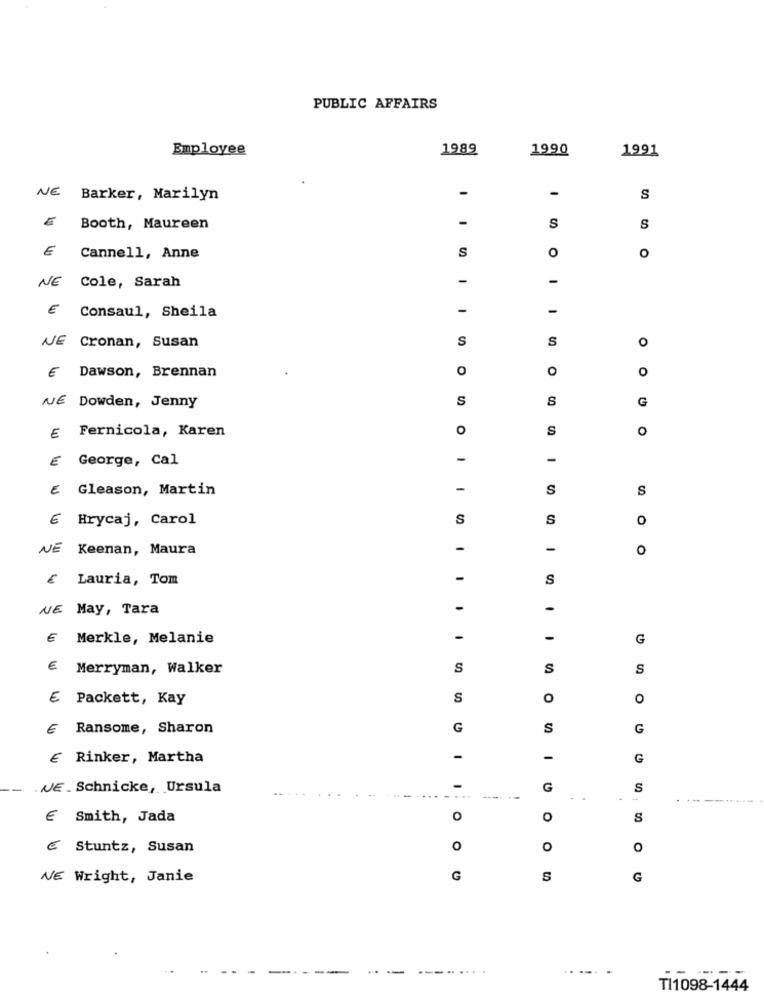
PUBLIC AFFAIRS
Employee
1989
1990
1991
NE
-
-
Barker, Marilyn
S
-
Booth, Maureen
S
S
€
O
O
Cannell, Anne
S
NE
Cole, Sarah
-
-
€
-
-
Consaul, Sheila
NE Cronan, Susan
S
S
O
€ Dawson, Brennan
O
O
O
S
8
G
NE Dowden, Jenny
E Fernicola, Karen
O
S
o
€
George, Cal
-
-
E Gleason, Martin
-
S
S
€
Hrycaj, Carol
S
S
0
NE Keenan, Maura
-
-
0
€ Lauria, Tom
-
S
WE May, Tara
-
-
€
Merkle, Melanie
-
G
€ Merryman, Walker
S
S
S
E Packett, Kay
S
O
O
E
Ransome, Sharon
G
S
G
€ Rinker, Martha
-
-
G
. NE. Schnicke, Ursula
G
S
----
---------
€ Smith, Jada
O
O
S
€ Stuntz, Susan
O
O
O
WE Wright, Janie
G
S
G
--
---......
......
TI1098-1444